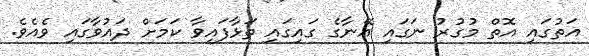
އަތުގައި އޮތް މުގުރު ނަގައި އޭނާގެ ގައިގައި ތަޅާފައިވާ ކަމަށް ދައުވާގައި ވެއެވެ.